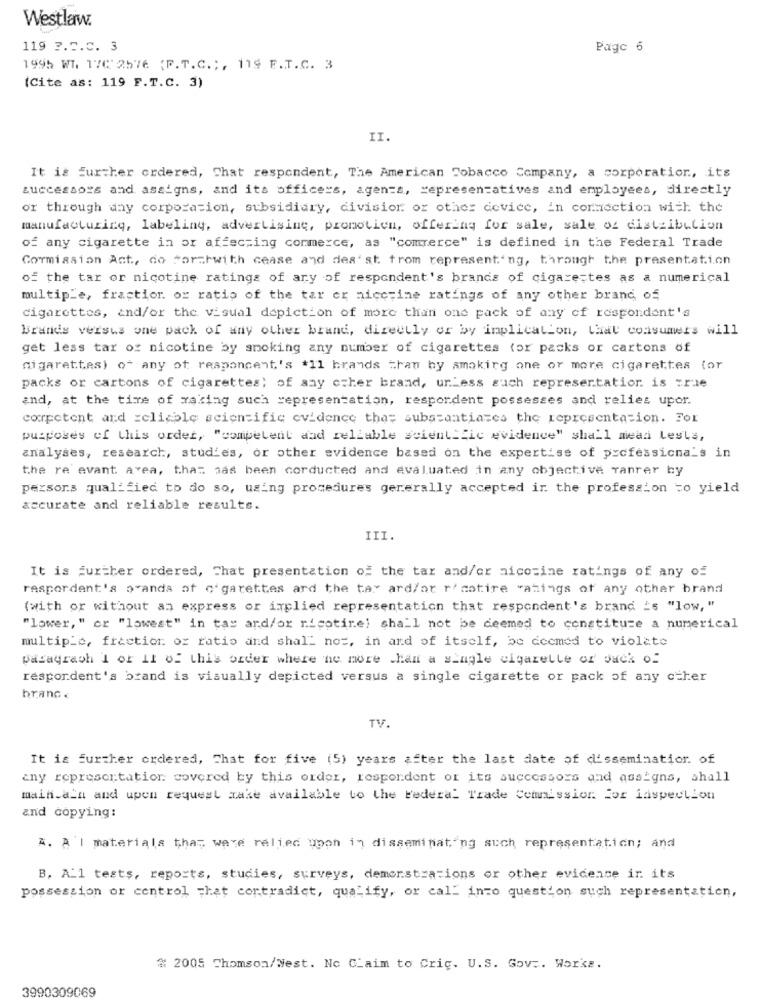
Westlaw.
119 ?. 5.C. 3
Page 6
1995 WI. 17C'2576 {F.T.C .;, 119 F.T.C. 3
(Cite as: 119 F.T.C. 3)
II.
It is Further ordered, Chat respondent, The American Tobacco Company, a corporation, its
successors and assigns, and its officers, agen=s, representatives and employees, directly
or through why corporation, subsidiary, division or other device, in connection with the
manufacturing, labeliny, advertising, promotion, offering for sale, sale of distribution
of any cigarette in or affecting commerce, as "commerce" is defined in the Federal Trade
Commission Act, do Porzhwith cease and des' st from representing, through the presentation
of the tar or nicotine ratings of ary of respondent's brands of cigarestes as a numerical
multiple, fraction or ratio of the tar er niccrine ratings of any other brand, of
cigarettes, and/or the visual depiction of more than one pack of any of respondent's
Brands versus one pack of any other brand, directly or by implication, that consumers will
get less tar of nicotine by smoking any number of cigarettes for packs or cartons of
cigarettes) of any of responcent's #11 brands than by smoking one or more cigarettes (or
packs or cartons of cigarettes; of any other brand, unless such representation is true
and, at the time of making such representation, respordent possesses and relies upor.
corpotent and reliable scientific evidence tha; substantiazes the representation. For
purposes of this order, "competent and reliable scientific evidence" shall mead Lests,
analyses, research, studies, or other evidence based on the expertise of professionals in
the re avant avea, that has been corducted and evaluated in any objective ranrer by
persons qualified to do so, using procedures generally accepted ir the profession to yield
accurate and reliable results.
III.
It is further ordered, That presentation of the tar and/or nicotine ratings of any of
raspordant's o ands of c'garettes ard the tax ard/ar r' cotire -ahings of any other brand
(with or without an express or implied representation that respondent's brand is "low, "
"lower, " or "lowest" in tas ard/or nicotine) shall not be deemed to constitute a numerical
multiple, fraction or ratio and shall not, in and of itself, be deemed to violate
paragraoh 1 or il of this order where no more than a single cigarette of Jack of
respondent's brand is visually depicted versus a single cigarette or pack of any other
branc .
TV
It is further ordered, That for five (5) years after the last date of dissemination. of
any representation covered by this order, respondent or its successors and assigns, shall
main_a'n and upon request make available to the Federal Trade Commission for inspection
and copying:
A. A'l materials that were relied upon in disseminating such representation; and
B. A.1 tests, reports, studies, surveys, demonstrations or other evidence in its
possession or control -hat contradict, qualify, or call into question such representation,
# 2005 Thomson/Nest. No Claim to Crig. U.S. Gov .. Works.
3990309069